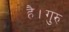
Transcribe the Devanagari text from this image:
है।गुरु